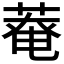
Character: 𫈸